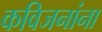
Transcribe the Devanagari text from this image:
कविजनांना